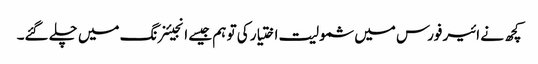
کچھ نے ائیر فورس میں شمولیت اختیار کی تو ہم جیسے انجیئنرنگ میں چلے گئے۔